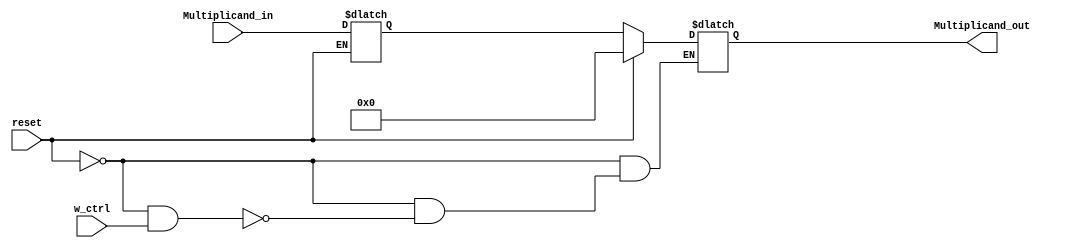
module Multiplicand (
    input [31:0] Multiplicand_in,
    input reset,w_ctrl,
    output reg [31:0] Multiplicand_out
);
    reg [31:0] multiplicand_reg;
    always @(reset or w_ctrl or Multiplicand_in) begin
        if (reset == 1) begin
            Multiplicand_out[31:0] = 0;
            multiplicand_reg[31:0] = Multiplicand_in[31:0];
        end
        else if (reset == 0 && w_ctrl == 1) begin
            Multiplicand_out[31:0] =  multiplicand_reg[31:0];
        end
    end
endmodule